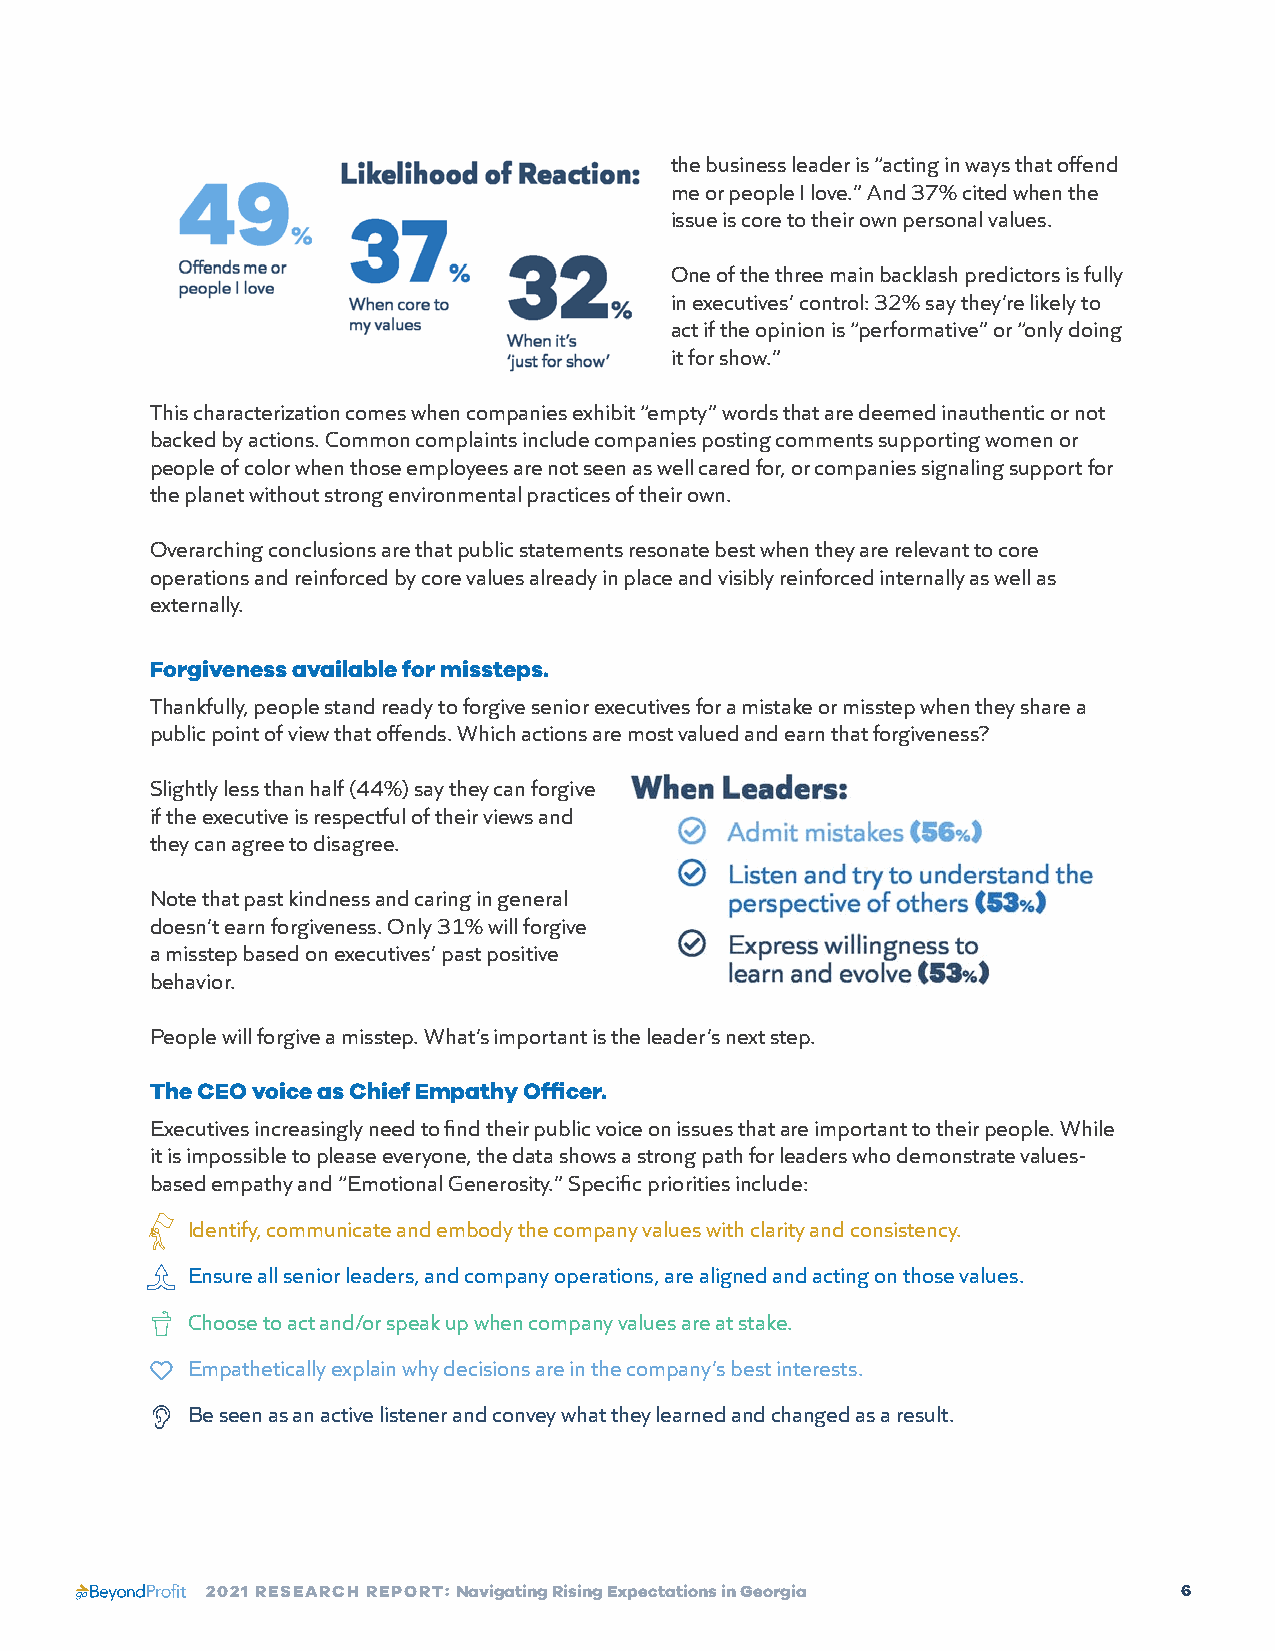
the business leader is “acting in ways that offend
 me or people I love.” And 37% cited when the
 issue is core to their own personal values.
 One of the three main backlash predictors is fully
 in executives’ control: 32% say they’re likely to
 act if the opinion is “performative” or “only doing
 it for show.”
 This characterization comes when companies exhibit “empty” words that are deemed inauthentic or not
 backed by actions. Common complaints include companies posting comments supporting women or
 people of color when those employees are not seen as well cared for, or companies signaling support for
 the planet without strong environmental practices of their own.
 Overarching conclusions are that public statements resonate best when they are relevant to core
 operations and reinforced by core values already in place and visibly reinforced internally as well as
 externally.
 Forgiveness available for missteps.
 Thankfully, people stand ready to forgive senior executives for a mistake or misstep when they share a
 public point of view that offends. Which actions are most valued and earn that forgiveness?
 Slightly less than half (44%) say they can forgive
 if the executive is respectful of their views and
 they can agree to disagree.
 Note that past kindness and caring in general
 doesn’t earn forgiveness. Only 31% will forgive
 a misstep based on executives’ past positive
 behavior.
 People will forgive a misstep. What’s important is the leader’s next step.
 The CEO voice as Chief Empathy Officer.
 Executives increasingly need to find their public voice on issues that are important to their people. While
 it is impossible to please everyone, the data shows a strong path for leaders who demonstrate values-
 based empathy and “Emotional Generosity.” Specific priorities include:
 Identify, communicate and embody the company values with clarity and consistency.
 Ensure all senior leaders, and company operations, are aligned and acting on those values.
 Choose to act and/or speak up when company values are at stake.
 Empathetically explain why decisions are in the company’s best interests.
 Be seen as an active listener and convey what they learned and changed as a result.
 2021 RESEARCH REPORT: Navigating Rising Expectations in Georgia 6